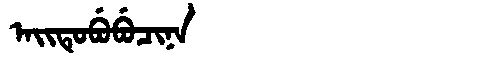
Manchu: ᠠᡳᡨᡠᠪᡠᠪᡠᠴᡳᠨᠠ
Romanization: AITUBUBUCINA